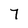
Character: 7